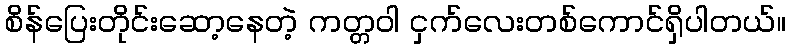
စိန်ပြေးတိုင်းဆော့နေတဲ့ ကတ္တဝါ ငှက်လေးတစ်ကောင်ရှိပါတယ်။